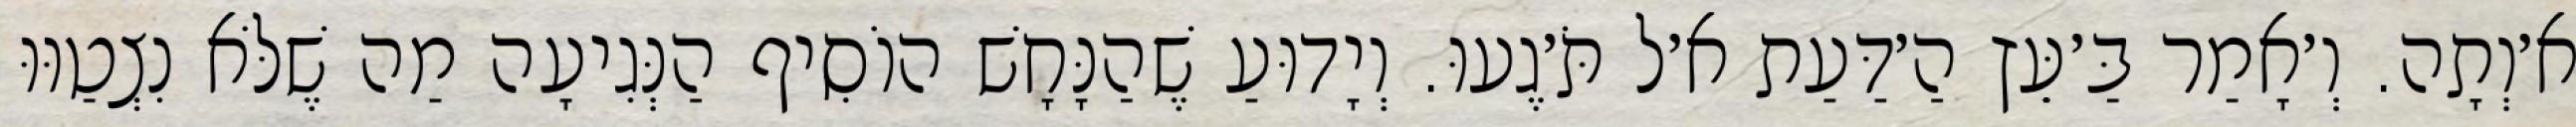
א׳וְתָה. וְ׳אָמַר בַּ׳עֵּץ הַ׳דַּעַת א׳ל תֹּ׳גֶעוּ. וְיָדוּעַ שֶׁהַנָּחָשׁ הוֹסִיף הַנְּגִיעָה מַה שֶׁלֹּא נִצְטַוּוּ